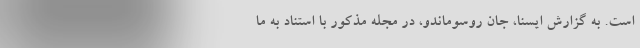
است. به گزارش ایسنا، جان روسوماندو، در مجله مذکور با استناد به ما